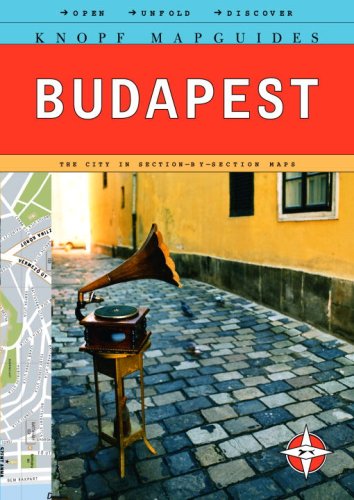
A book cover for Knopf MapGuide: Budapest (Knopf Mapguides); Knopf Guides; Travel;